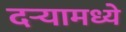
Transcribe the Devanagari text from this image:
दऱ्यामध्ये